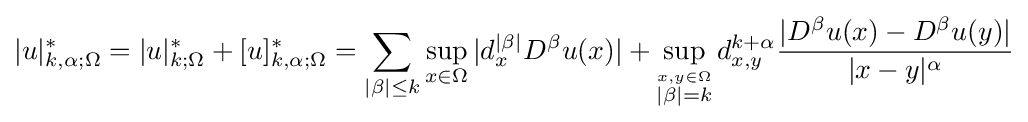
|u|_{k,\alpha ;\Omega }^{*}=|u|_{k;\Omega }^{*}+[u]_{k,\alpha ;\Omega }^{*}=\sum _{|\beta |\leq k}\sup _{x\in \Omega }|d_{x}^{|\beta |}D^{\beta }u(x)|+\sup _{\stackrel {x,y\in \Omega }{|\beta |=k}}d_{x,y}^{k+\alpha }{\frac {|D^{\beta }u(x)-D^{\beta }u(y)|}{|x-y|^{\alpha }}}